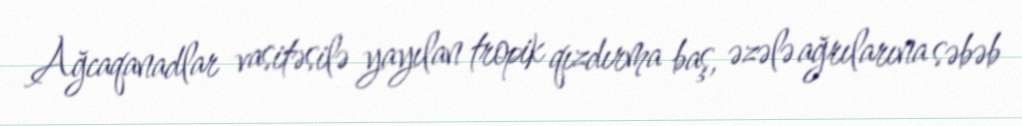
Ağcaqanadlar vasitəsilə yayılan tropik qızdırma baş, əzələ ağrılarına səbəb